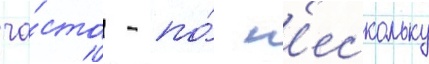
ча́сто - по́ н'ескольку